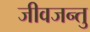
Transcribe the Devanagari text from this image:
जीवजन्तु